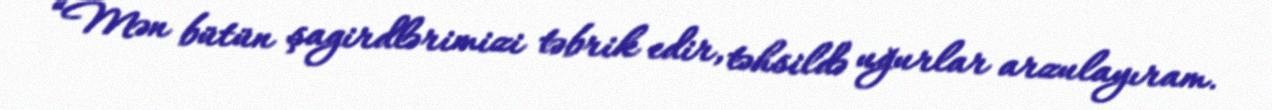
“Mən bütün şagirdlərimizi təbrik edir, təhsildə uğurlar arzulayıram.